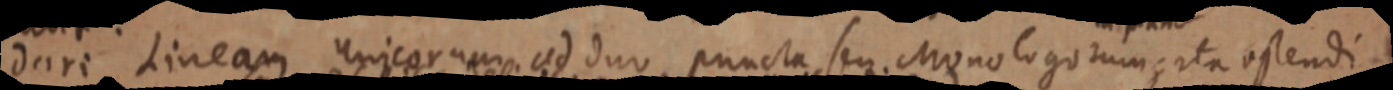
dari Lineam unicorum ad duo puncta seu. Monologorum; ita ostendi